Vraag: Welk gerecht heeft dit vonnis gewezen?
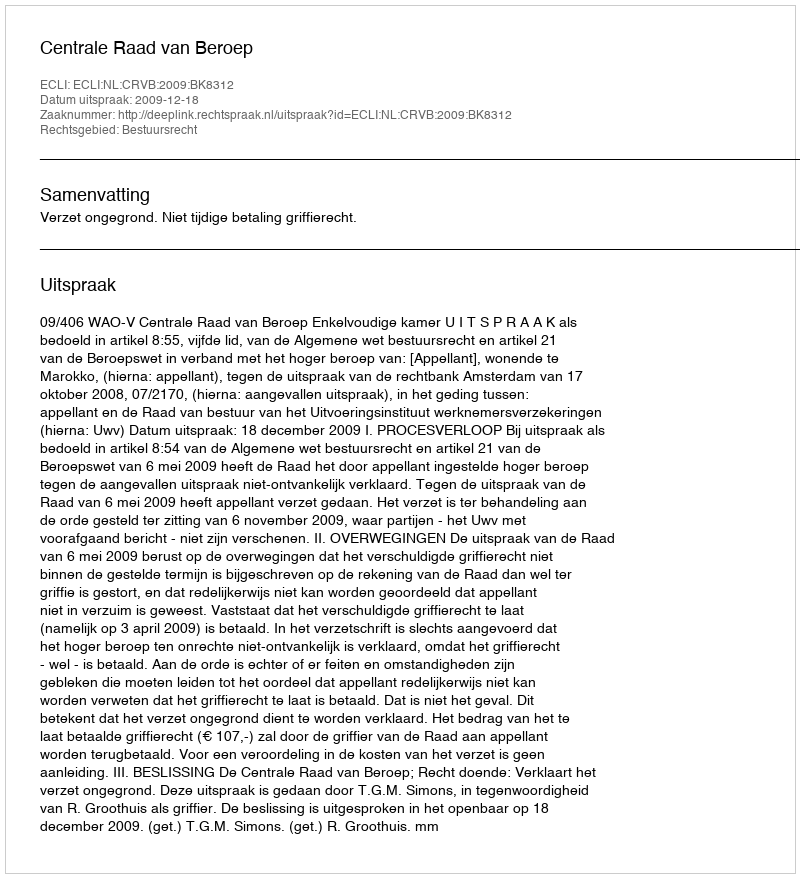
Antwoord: Centrale Raad van Beroep